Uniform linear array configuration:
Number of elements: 48
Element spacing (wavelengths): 1
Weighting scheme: hann
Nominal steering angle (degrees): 0
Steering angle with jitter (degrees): -1.605
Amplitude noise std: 0.05
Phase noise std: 0.05

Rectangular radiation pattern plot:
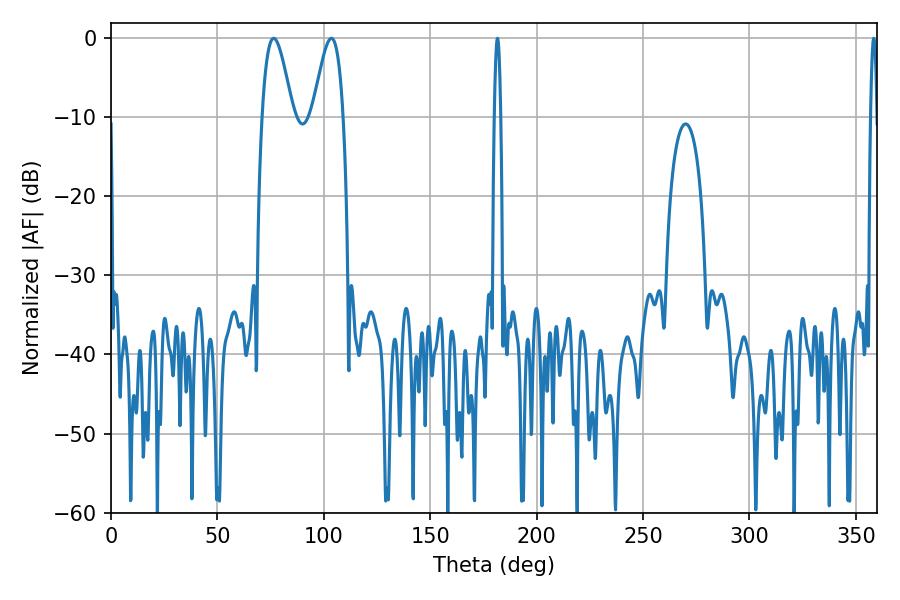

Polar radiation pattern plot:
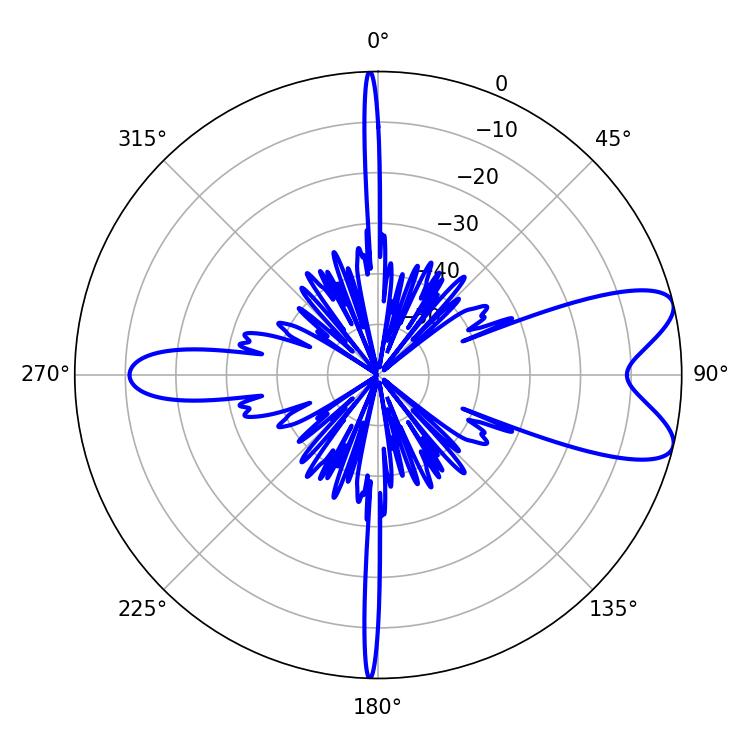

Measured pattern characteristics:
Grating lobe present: TRUE
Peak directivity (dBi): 8.484
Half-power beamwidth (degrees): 7.56
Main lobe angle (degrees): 76.5